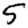
Digit: 5